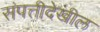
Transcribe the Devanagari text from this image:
संपत्तीदेखील